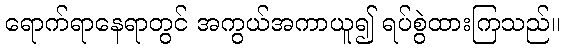
ရောက်ရာနေရာတွင် အကွယ်အကာယူ၍ ရပ်စွဲထားကြသည်။